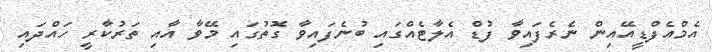
އެމްއެފްޑީއޭއިން ނެރެފައިވާ ފުޑް އެލާޓެއްގައި ބުނެފައިވާ ގޮތުގައި މޭވާ އާއި ތަރުކާރީ ހައްދައި